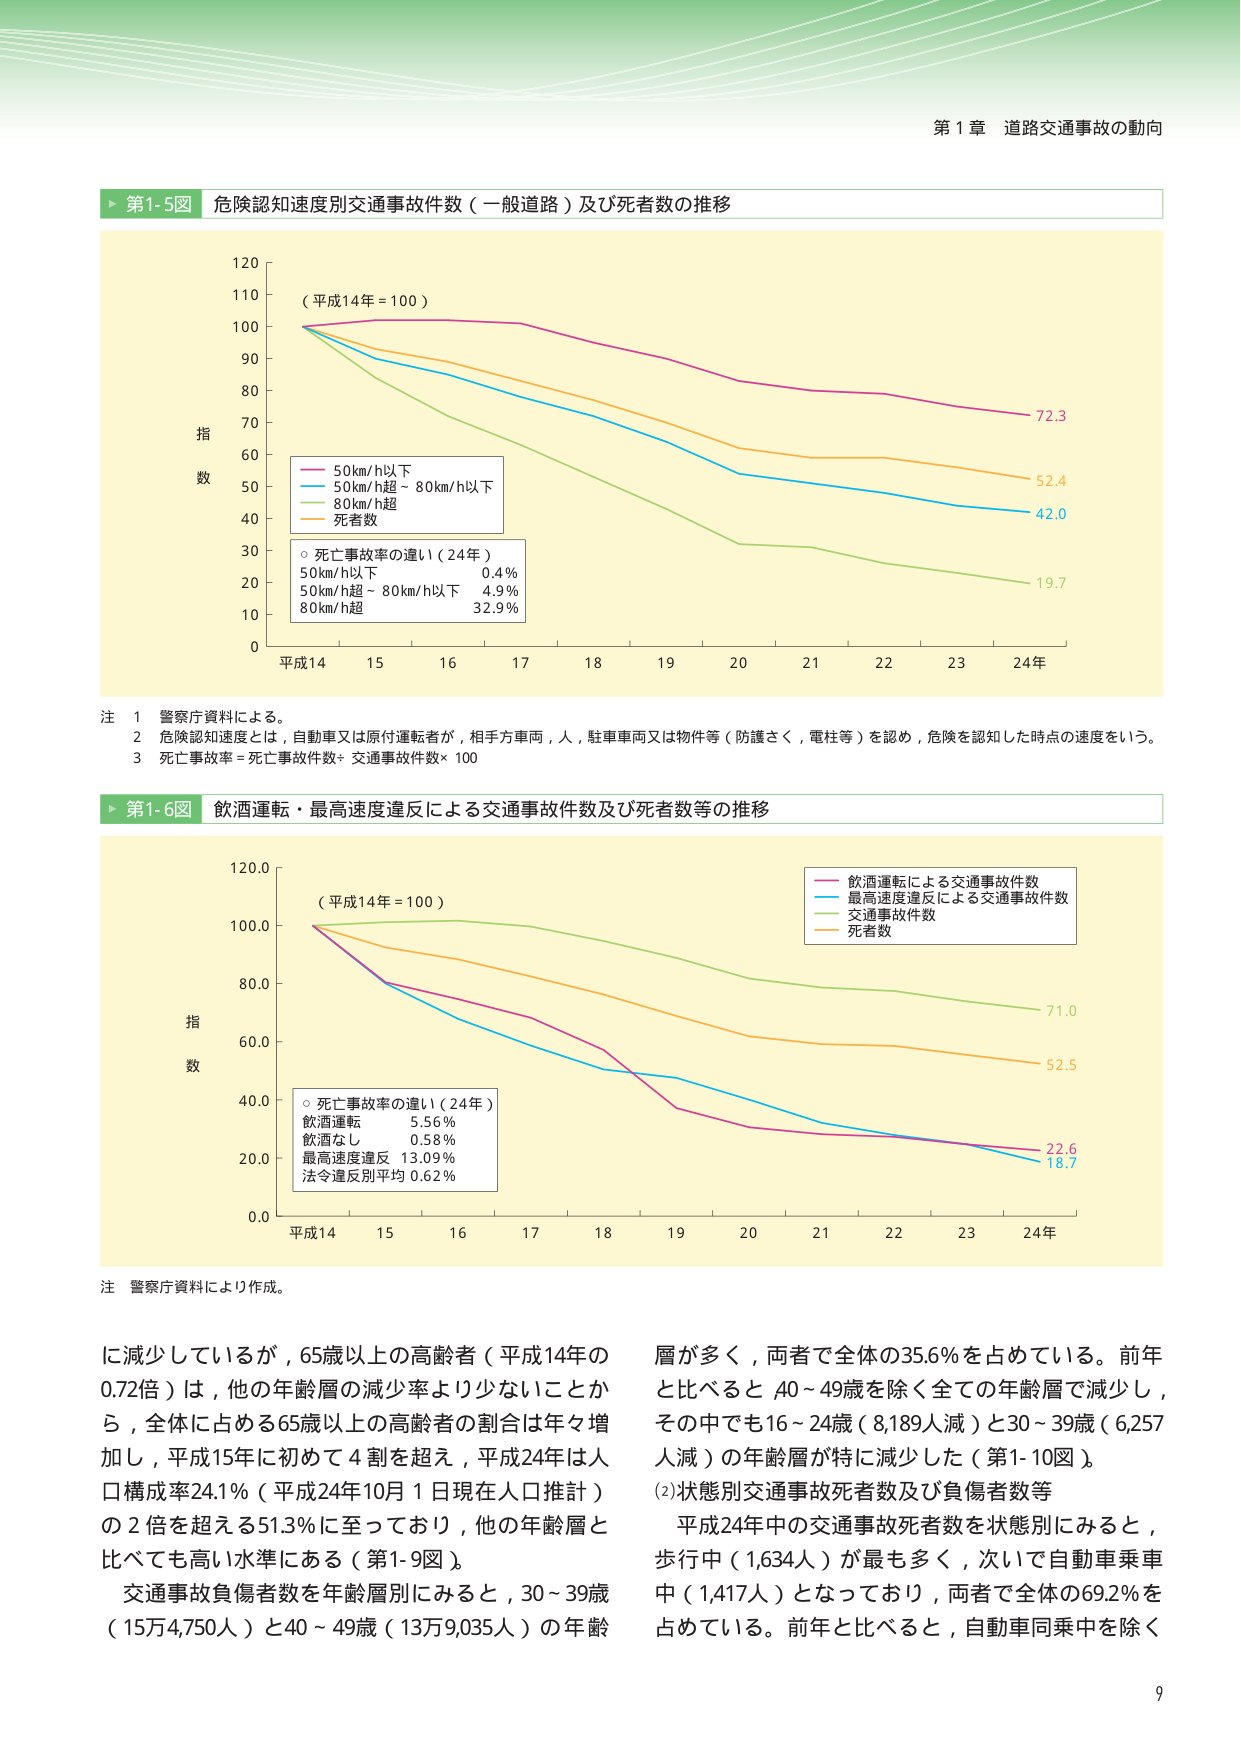
第１章 道路交通事故の動向

▶ 第1-5図 危険認知速度別交通事故件数（一般道路）及び死者数の推移

（平成14年＝100）

指 数

50km/h以下
50km/h超～80km/h以下
80km/h超
死者数

○ 死亡事故率の違い（24年）
50km/h以下 0.4％
50km/h超～80km/h以下 4.9％
80km/h超 32.9％

平成14 15 16 17 18 19 20 21 22 23 24年

注 1 警察庁資料による。
2 危険認知速度とは，自動車又は原付運転者が，相手方車両，人，駐車車両又は物件等（防護さく，電柱等）を認め，危険を認知した時点の速度をいう。
3 死亡事故率＝死亡事故件数÷交通事故件数×100

▶ 第1-6図 飲酒運転・最高速度違反による交通事故件数及び死者数等の推移

（平成14年＝100）

指 数

飲酒運転による交通事故件数
最高速度違反による交通事故件数
交通事故件数
死者数

○ 死亡事故率の違い（24年）
飲酒運転 5.56％
飲酒なし 0.58％
最高速度違反 13.09％
法令違反別平均 0.62％

平成14 15 16 17 18 19 20 21 22 23 24年

注 警察庁資料により作成。

に減少しているが，65歳以上の高齢者（平成14年の0.72倍）は，他の年齢層の減少率より少ないことから，全体に占める65歳以上の高齢者の割合は年々増加し，平成15年に初めて4割を超え，平成24年は人口構成率24.1％（平成24年10月1日現在人口推計）の2倍を超える51.3％に至っており，他の年齢層と比べても高い水準にある（第1-9図）。

交通事故負傷者数を年齢層別にみると，30～39歳（15万4,750人）と40～49歳（13万9,035人）の年齢層が多く，両者で全体の35.6％を占めている。前年と比べると，40～49歳を除く全ての年齢層で減少し，その中でも16～24歳（8,189人減）と30～39歳（6,257人減）の年齢層が特に減少した（第1-10図）。

(2) 状態別交通事故死者数及び負傷者数等

平成24年中の交通事故死者数を状態別にみると，歩行中（1,634人）が最も多く，次いで自動車乗車中（1,417人）となっており，両者で全体の69.2％を占めている。前年と比べると，自動車同乗中を除く

9